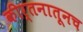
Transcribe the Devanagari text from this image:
कीर्तनातूनच